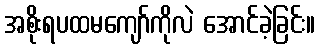
အစိုးရပထမကျော်ကိုလဲ အောင်ခဲ့ခြင်း။